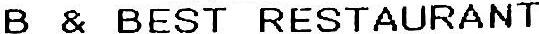
B & BEST RESTAURANT